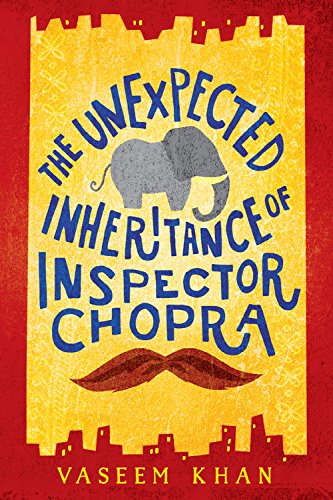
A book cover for The Unexpected Inheritance of Inspector Chopra (A Baby Ganesh Agency Investigation); Vaseem Khan; Mystery, Thriller & Suspense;